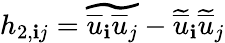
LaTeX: h_{2,\mathbf{i}j}=\widetilde{{\overline{{{u}}}_{\mathbf{i}}\overline{{{u}}}_{j}}}-\widetilde{{\overline{{{u}}}}}_{\mathbf{i}}\widetilde{{\overline{{{u}}}}}_{j}